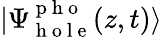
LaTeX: |\Psi_{\mathrm{~h~o~l~e~}}^{\mathrm{~p~h~o~}}(z,t)\rangle